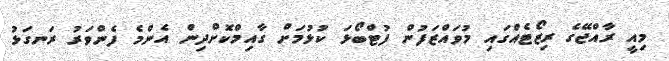
މިއީ ރާއްޖޭގެ ރިޒޯޓެއްގައި މުވައްޒަފުން ފުޓްބޯޅަ ކުޅުމަށް ގާއިމްކޮށްދިން އެންމެ ފެންވަރު ރަނގަޅު